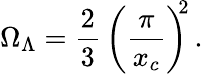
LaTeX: \Omega_{\Lambda}=\frac{2}{3}\, \left(\frac{\pi}{x_{c}}\right)^{\! \! 2}\, .